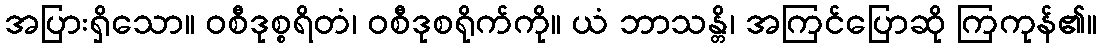
အပြားရှိသော။ ဝစီဒုစ္စရိတံ၊ ဝစီဒုစရိုက်ကို။ ယံ ဘာသန္တိ၊ အကြင်ပြောဆို ကြကုန်၏။